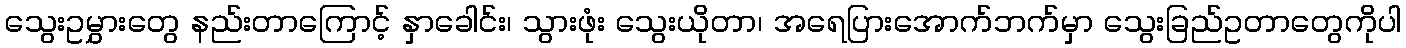
သွေးဥမွှားတွေ နည်းတာကြောင့် နှာခေါင်း၊ သွားဖုံး သွေးယိုတာ၊ အရေပြားအောက်ဘက်မှာ သွေးခြည်ဥတာတွေကိုပါ